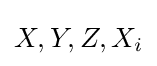
X,Y,Z,X_{i}